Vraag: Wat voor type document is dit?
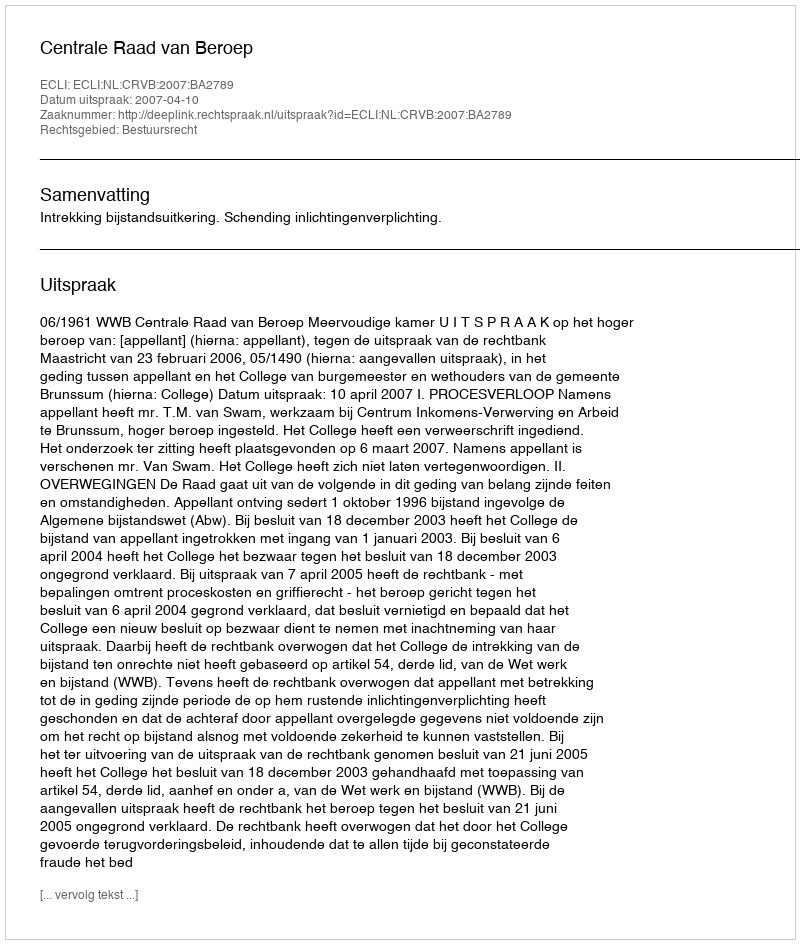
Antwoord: Uitspraak